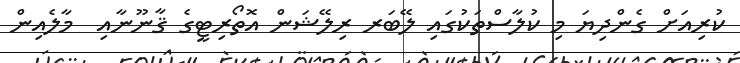
ކުރިއަށް ގެންދިޔަ މި ކުލާސްތަކުގައި ލޭބަރ ރިލޭޝަން އޮތޯރިޓީގެ ޤާނޫނާއި  މާލެއިން